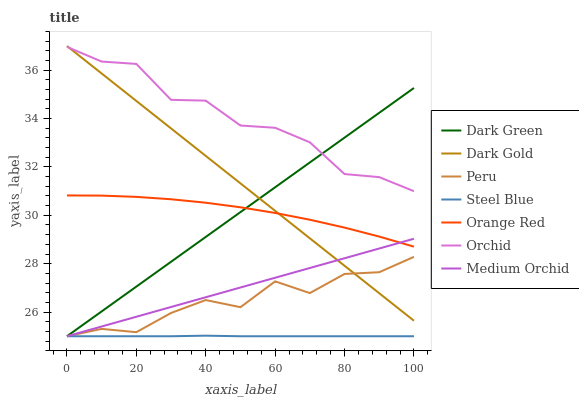
| xaxis_label | Dark Green | Dark Gold | Peru | Steel Blue | Orange Red | Orchid | Medium Orchid |
 | --- | --- | --- | --- | --- | --- | --- | --- |
 | 0 | 25 | 37 | 25 | 25 | 30.8 | 37 | 25 |
 | 10 | 26 | 35.9 | 25.3 | 25 | 30.8 | 36.4 | 25.4 |
 | 20 | 27.1 | 34.7 | 25.2 | 25 | 30.8 | 36.3 | 25.8 |
 | 30 | 28.1 | 33.6 | 26 | 25 | 30.7 | 34.8 | 26.2 |
 | 40 | 29.1 | 32.5 | 26.5 | 25 | 30.5 | 34.7 | 26.6 |
 | 50 | 30.1 | 31.3 | 26.2 | 25 | 30.3 | 33.7 | 27 |
 | 60 | 31.2 | 30.2 | 27.3 | 25 | 30.1 | 33.6 | 27.4 |
 | 70 | 32.2 | 29 | 26.8 | 25 | 29.8 | 33 | 27.8 |
 | 80 | 33.2 | 27.9 | 27.6 | 25 | 29.5 | 31.7 | 28.2 |
 | 90 | 34.2 | 26.8 | 27.6 | 25 | 29.1 | 31.6 | 28.6 |
 | 100 | 35.3 | 25.6 | 28.3 | 25 | 28.7 | 31 | 29 |